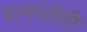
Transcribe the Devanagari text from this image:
रत्नजोती